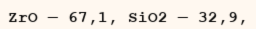
ZrO — 67,1, SіO2 — 32,9,